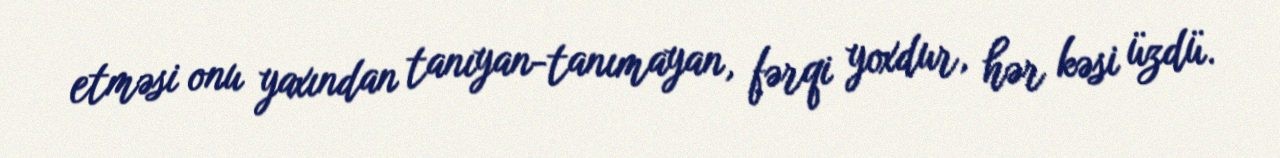
etməsi onu yaxından tanıyan-tanımayan, fərqi yoxdur, hər kəsi üzdü.